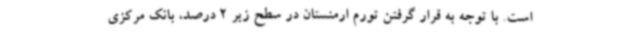
است. با توجه به قرار گرفتن تورم ارمنستان در سطح زیر 2 درصد، بانک مرکزی